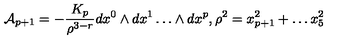
{ \cal { A } } _ { p + 1 } = - \frac { K _ { p } } { \rho ^ { 3 - r } } d x ^ { 0 } \wedge d x ^ { 1 } \dots \wedge d x ^ { p } , \rho ^ { 2 } = x _ { p + 1 } ^ { 2 } + \dots x _ { 5 } ^ { 2 }